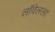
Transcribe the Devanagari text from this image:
लॉवेलला